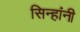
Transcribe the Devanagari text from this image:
सिन्हांनी